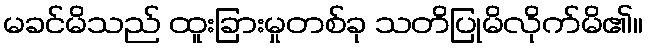
မခင်မိသည် ထူးခြားမှုတစ်ခု သတိပြုမိလိုက်မိ၏။